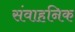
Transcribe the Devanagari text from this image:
संवाहनिक